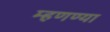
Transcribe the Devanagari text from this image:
म्हणण्या